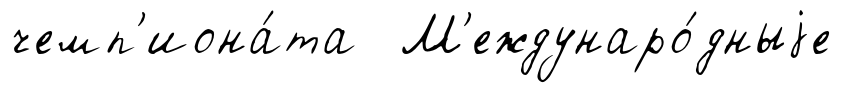
чемп'иона́та М'еждунаро́дныjе